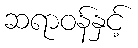
ဆရာဝန်နှင့်